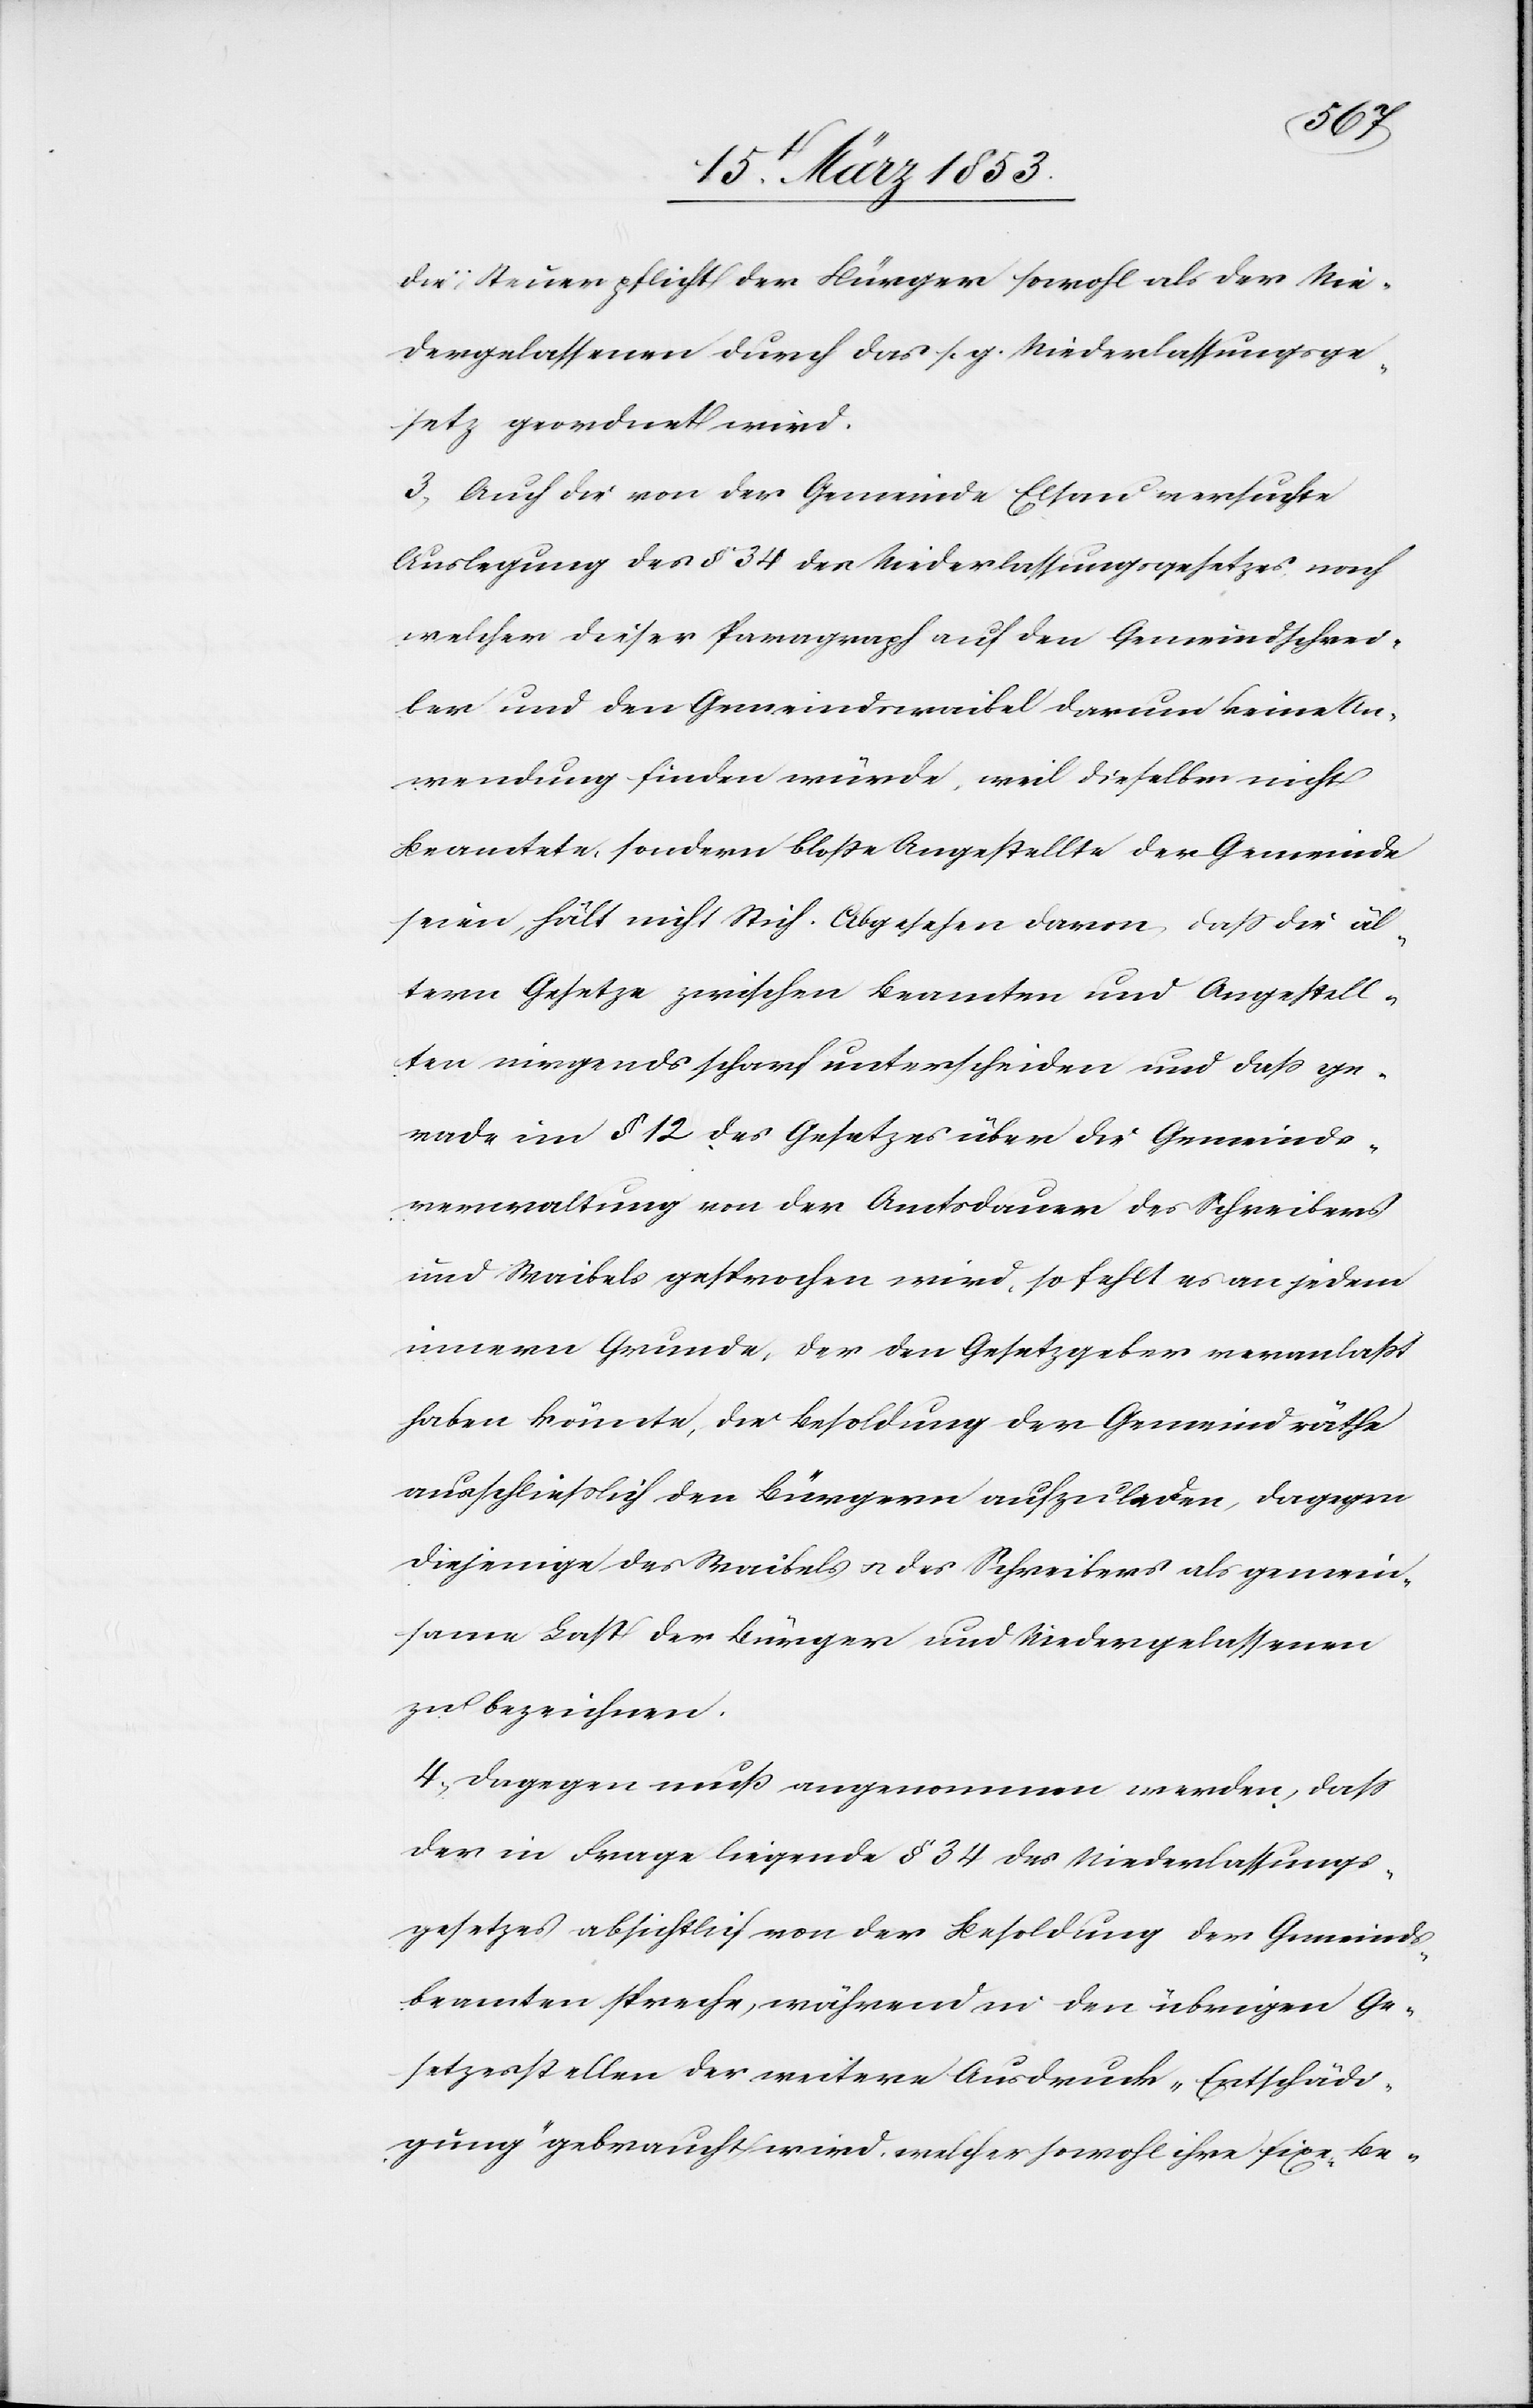
die Steuerpflicht der Bürger sowohl als der Nie¬
dergelassenen durch das s. g. Niederlassungsge¬
setz geordnet wird.
3) Auch die von der Gemeinde Elsau versuchte
Auslegung des § 34 des Niederlassungsgesetzes nach
welcher dieser Paragraph auf den Gemeindsschrei¬
ber und den Gemeindswaibel darum keine An¬
wendung finden würde, weil dieselben nicht
Beamtete, sondern bloß Angestellte der Gemeinde
seien, hält nicht Stich. Abgesehen davon, daß die äl¬
tern Gesetze zwischen Beamteten und Angestell¬
ten nirgends scharf unterscheiden und daß ge¬
rade im § 12 des Gesetzes über die Gemeinds¬
verwaltung von der Amtsdauer des Schreibers
und Waibels gesprochen wird, so fehlt es an jedem
innern Grunde, der den Gesetzgeber veranlaßt
haben könnte, die Besoldung der Gemeindräthe
ausschließlich den Bürgern aufzuladen, dagegen
diejenige des Waibels u. des Schreibers als gemein¬
same Last der Bürger und Niedergelassenen
zu bezeichnen.
4) Dagegen muß angenommen werden, daß
der in Frage liegende § 34 des Niederlassungs¬
gesetzes absichtlich von der Besoldung der Gemeinds¬
beamteten spreche, während in den übrigen Ge¬
setzesstellen der weitere Ausdruck „Entschädi¬
gung“ gebraucht wird, welcher sowohl ihre fixen Be-